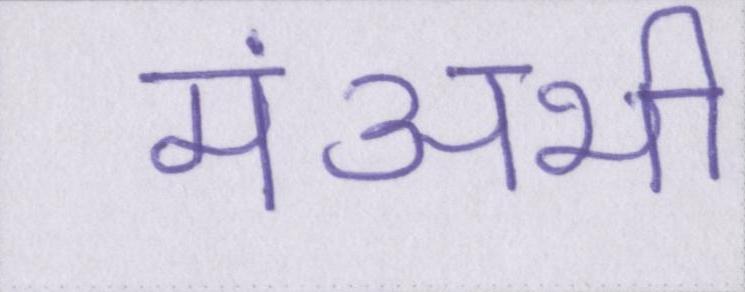
मंअभी